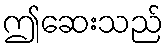
ဤဆေးသည်